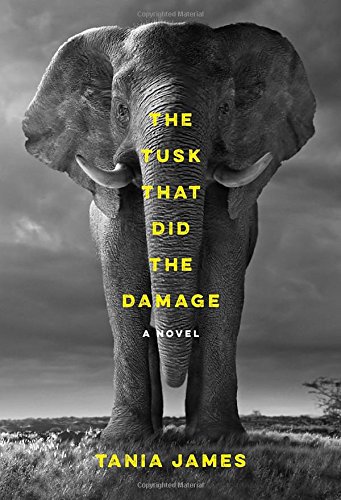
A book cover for The Tusk That Did the Damage: A novel; Tania James; Humor & Entertainment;